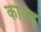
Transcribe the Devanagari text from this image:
कावड़